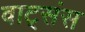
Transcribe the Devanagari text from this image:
वाट्संस